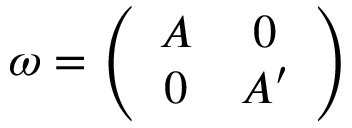
\omega = \left( \begin{array} { c c } { { A } } & { { 0 } } \\ { { 0 } } & { { A ^ { \prime } } } \end{array} \right)